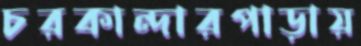
চরকান্দারপাড়ায়